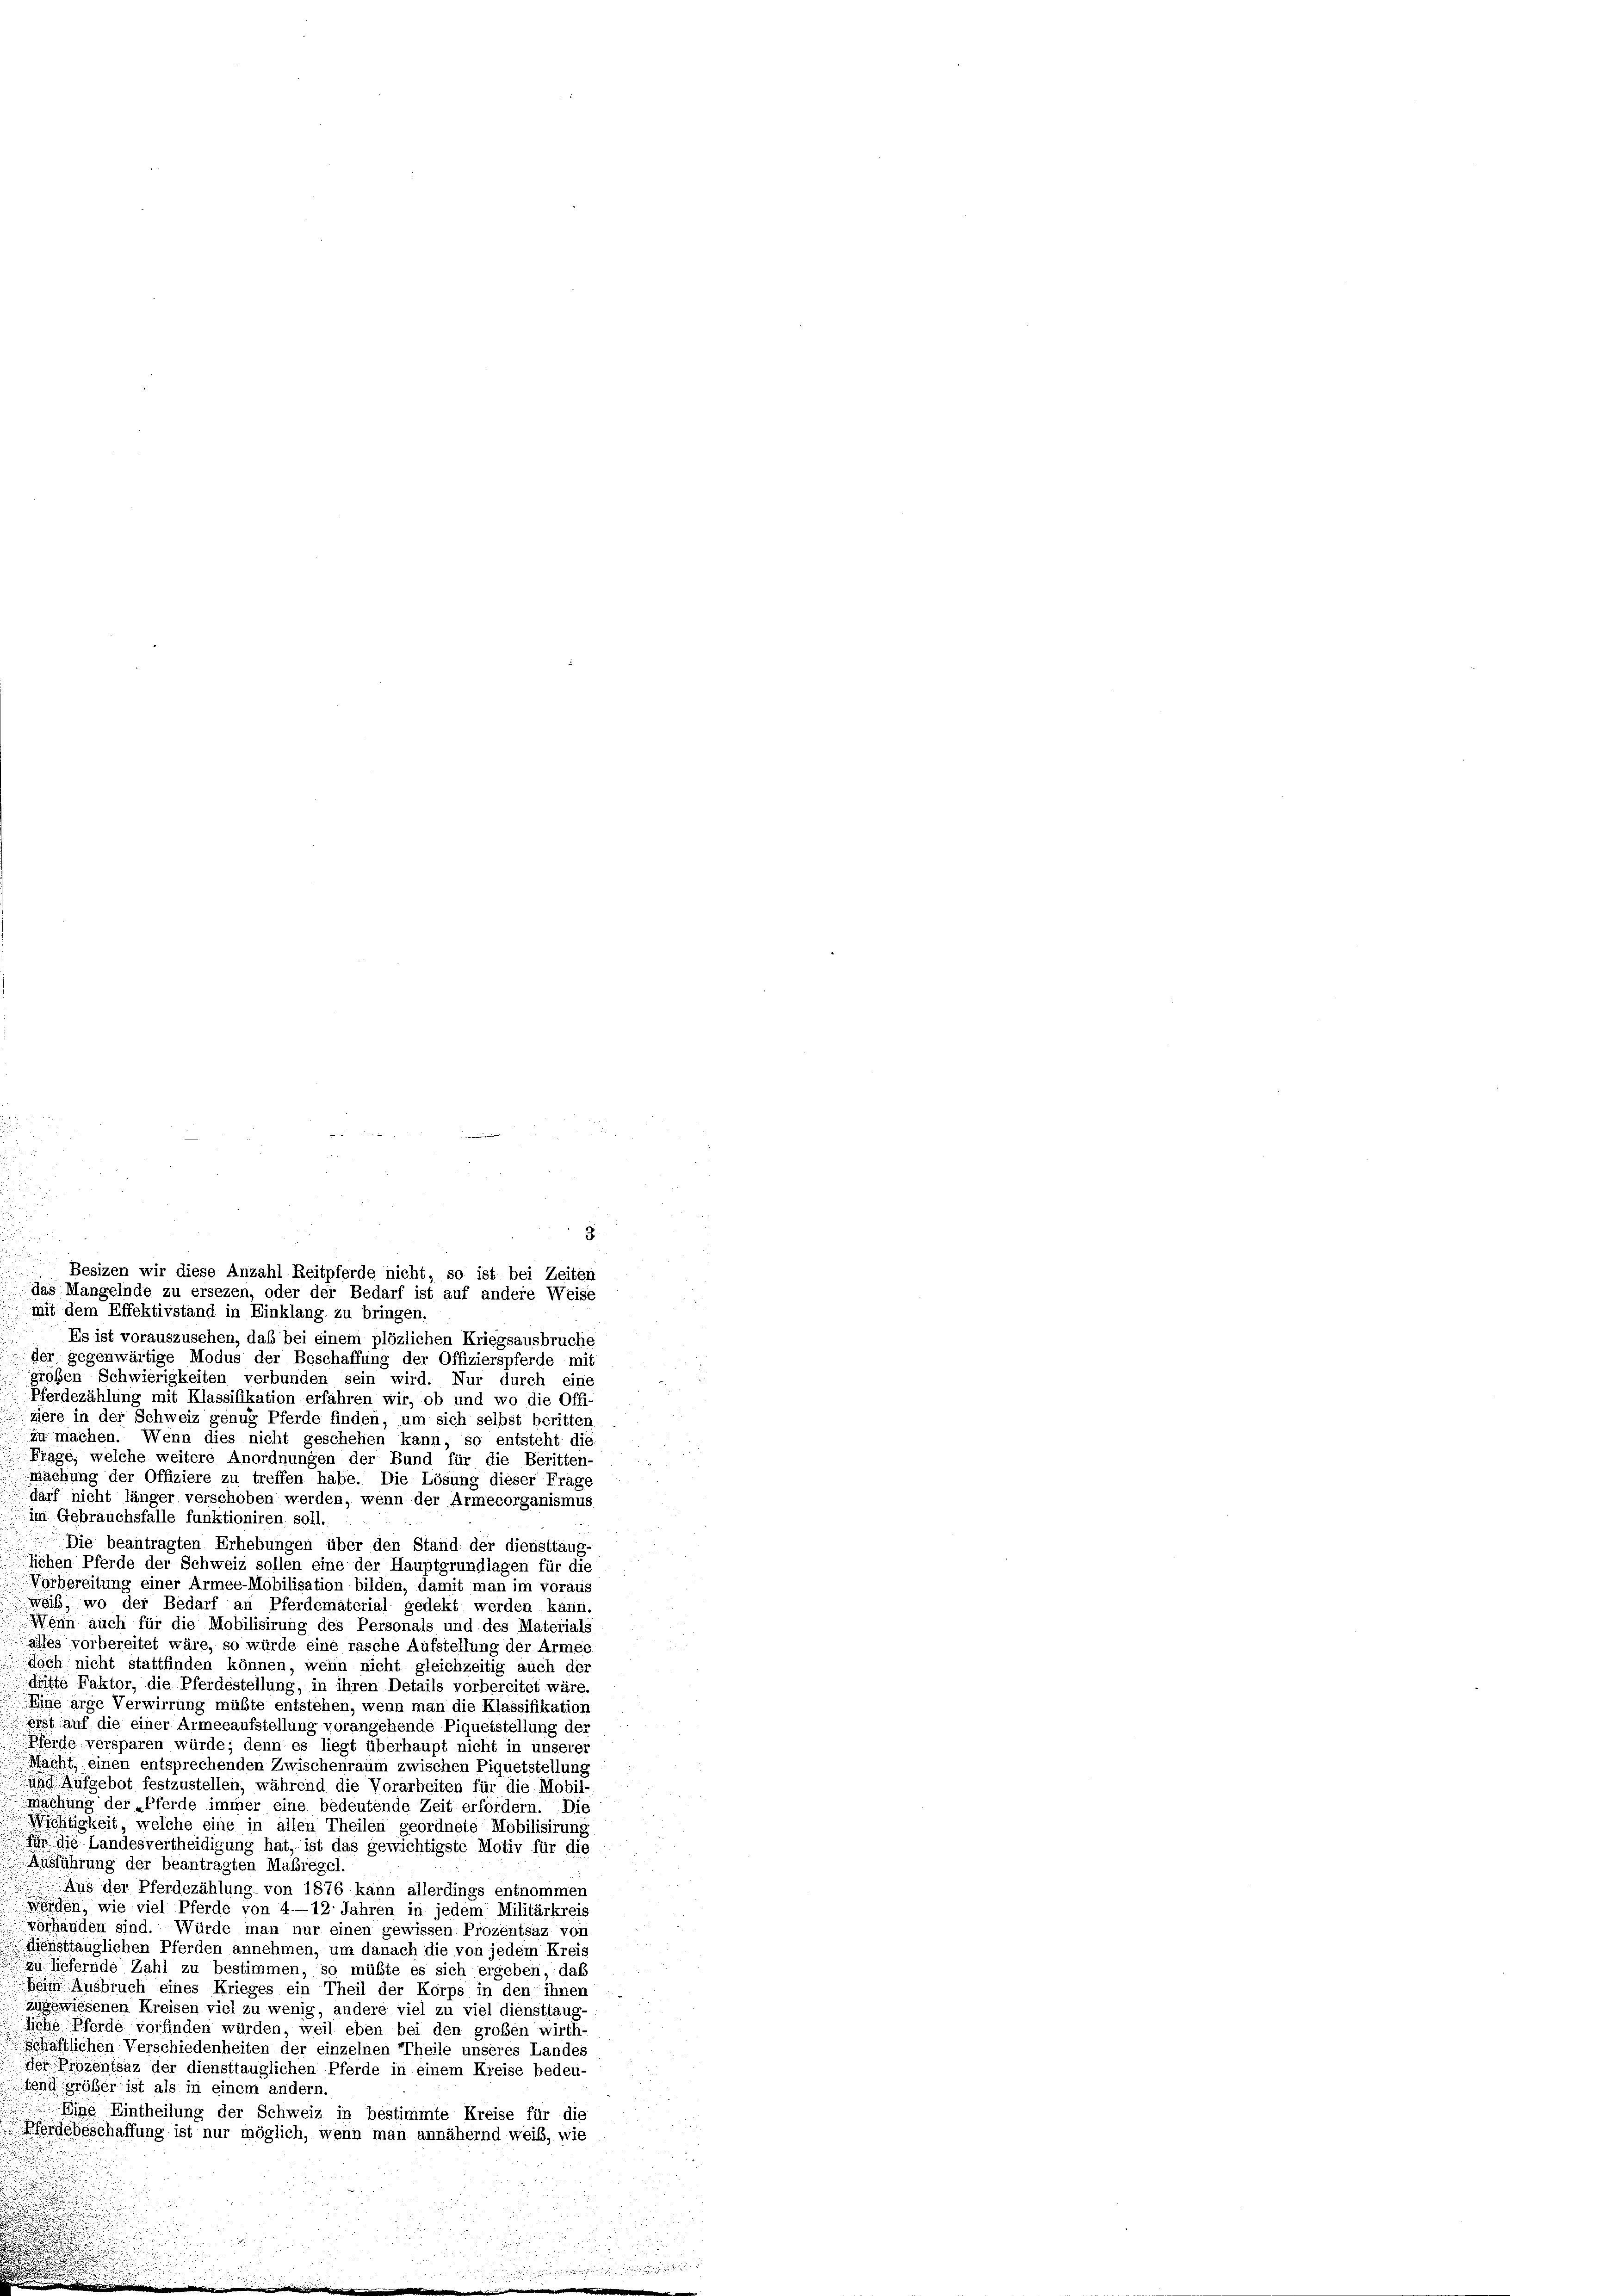
mit dem Effektivstand in Einklang zu bringen.
Es ist vorauszusehen, daß bei einem plözlichen Kriegsausbruche
der gegenwärtige Modus der Beschaffung der Offizierspferde mit
großen Schwierigkeiten verbunden sein wird. Nur durch eine
Pferdezählung mit Klassifikation erfahren wir, ob und wo die Offi-
ziere in der Schweiz genug Pferde finden, um sich selbst beritten
zu machen. Wenn dies nicht geschehen kann, so entsteht die
Frage, welche weitere Anordnungen der Bund für die Beritten-
Machung der Offiziere zu treffen habe. Die Lösung dieser Frage
darf nicht länger verschoben werden, wenn der Armeeorganismus
im Gebrauchsfalle funktioniren soll.
Die beantragten Erhebungen über den Stand der diensttaug-
lichen Pferde der Schweiz sollen eine der Hauptgrundlagen für die
Vorbereitung einer Armee-Mobilisation bilden, damit man im voraus
weib, wo der Bedarf an Pferdematerial gedekt werden kann.
Wenn auch für die Mobilisirung des Personals und des Materials
alles vorbereitet wäre, so würde eine rasche Aufstellung der Armee
doch nicht stattfinden können, wenn nicht gleichzeitig auch der
dritte Faktor, die Pferdestellung, in ihren Details vorbereitet wäre
Eine arge Verwirrung müßte entstehen, wenn man die Klassifikation
eist auf die einer Armeeaufstellung vorangehende Piquetstellung der
Pferde versparen würde; denn es liegt überhaupt nicht in unserer
Macht, einen entsprechenden Zwischenraum zwischen Piquetstellung
und Aufgebot festzustellen, während die Vorarbeiten für die Mobil-
Machung der „Pferde immer eine bedeutende Zeit erfordern. Die
Wichtigkeit welche eine in allen Theilen geordnete Mobilisirung
Für die Landesvertheidigung hat, ist das gewichtigste Motiv für die
Ausführung der beantragten Maßregel
Aus der Pferdezählung von 1876 kann allerdings entnommen
werden, wie viel Pferde von 4—12: Jahren in jedem Militärkreis
vorhanden sind. Würde man nur einen gewissen Prozentsaz von
diensttauglichen Pferden annehmen, um danach die von jedem Kreis
uliefernde Zahl zu bestimmen, so müßte es sich ergeben, daß
beim Ausbruch eines Krieges ein Theil der Korps in den ihnen
zugewiesenen Kreisen viel zu wenig, andere viel zu viel diensttaug
liche Pferde vorfinden würden, weil eben bei den großen wirth-
schäftlichen Verschiedenheiten der einzelnen Theile unseres Landes
der Prozentsaz der diensttauglichen Pferde in einem Kreise bedeu-
tend größer ist als in einem andern.
i
Eine Eintheilung der Schweiz in bestimmte Kreise für die
Pferdebeschaffung ist nur möglich, wenn man annähernd weiß, wie

3.
 Besizen wir diese Anzahl Reitpferde nicht, so ist bei Zeiten
das Mangelnde zu ersezen, oder der Bedarf ist auf andere Weise